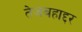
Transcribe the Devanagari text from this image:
तेजबहाद्दर